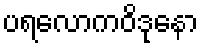
ပရလောကဝိဒုနော